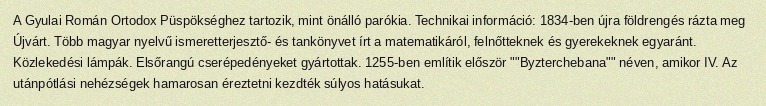
A Gyulai Román Ortodox Püspökséghez tartozik, mint önálló parókia. Technikai információ: 1834-ben újra földrengés rázta meg Újvárt. Több magyar nyelvű ismeretterjesztő- és tankönyvet írt a matematikáról, felnőtteknek és gyerekeknek egyaránt. Közlekedési lámpák. Elsőrangú cserépedényeket gyártottak. 1255-ben említik először ""Byzterchebana"" néven, amikor IV. Az utánpótlási nehézségek hamarosan éreztetni kezdték súlyos hatásukat.